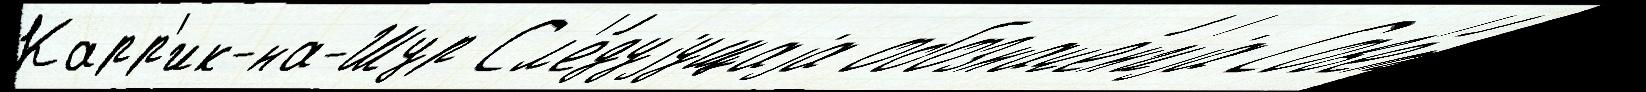
Карр'ик-на-Шур Сл'е́дуjущаjа обозначе́н'иjа Сов'е́т